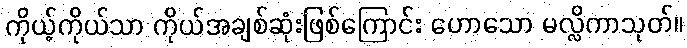
ကိုယ့်ကိုယ်သာ ကိုယ်အချစ်ဆုံးဖြစ်ကြောင်း ဟောသော မလ္လိကာသုတ်။